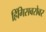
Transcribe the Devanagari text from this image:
हिंगिसबरोबर